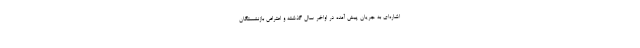
اشاره‌ای به جریان پیش آمده در اواخر سال گذشته و اعتراض بازنشستگان